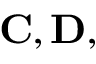
\mathbf { C } , \mathbf { D } ,